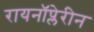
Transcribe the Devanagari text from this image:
रायनॉप्लेरीन